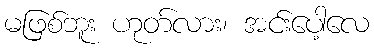
မဖြစ်ဘူး ဟုတ်လား၊ အင်းပေါ့လေ